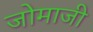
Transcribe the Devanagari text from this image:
जोमाजी